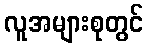
လူအများစုတွင်